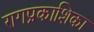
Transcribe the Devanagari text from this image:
रागप्रकाशिका